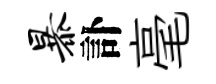
暴訃毫